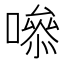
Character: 𭋁